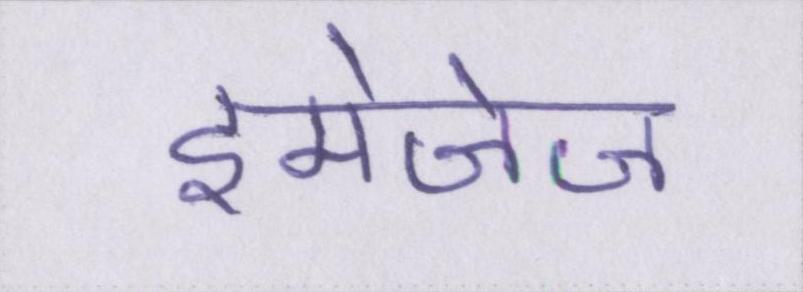
इमेजेज